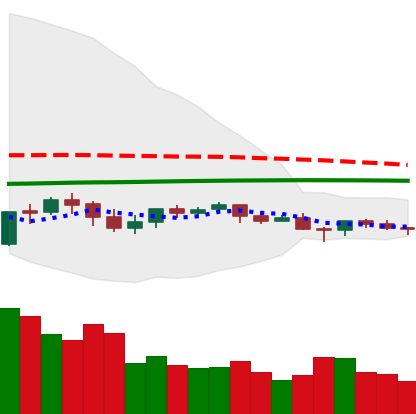
Ticker: LTC-USD
Chart end date: 2021-06-12
Forward return: 3.111%
Label: up_3_5